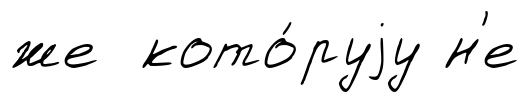
же кото́руjу н'е